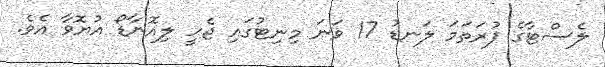
ލެސްޓާގެ ފުރަތަމަ ލަނޑު 17 ވަނަ މިނިޓުގައި ޖެހީ ލިއޮނާޑޯ އުޔޮވާ އެވެ.